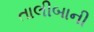
તાલીબાની